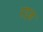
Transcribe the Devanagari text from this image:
रद्दड